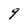
Character: 9